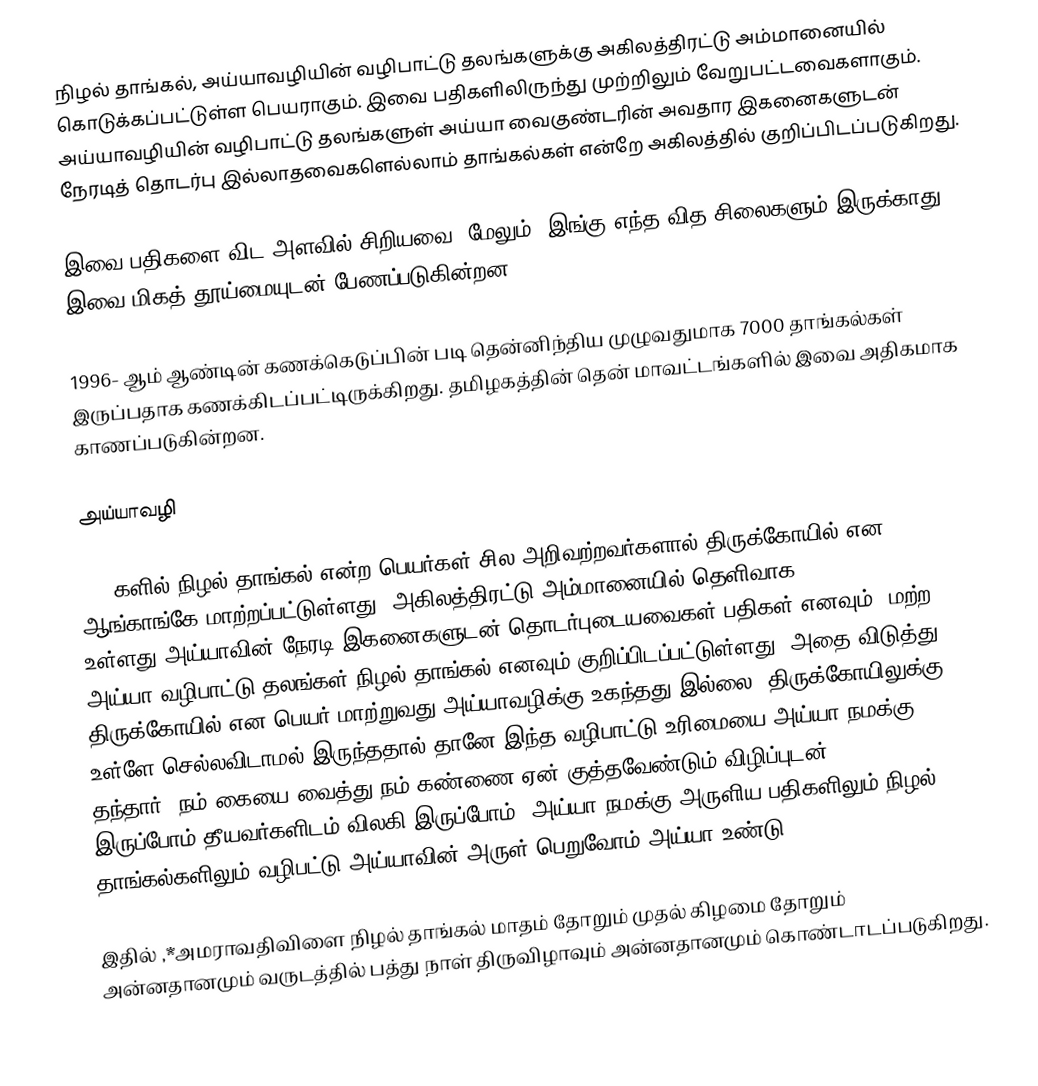
நிழல் தாங்கல், அய்யாவழியின் வழிபாட்டு தலங்களுக்கு அகிலத்திரட்டு அம்மானையில் கொடுக்கப்பட்டுள்ள பெயராகும். இவை பதிகளிலிருந்து முற்றிலும் வேறுபட்டவைகளாகும். அய்யாவழியின் வழிபாட்டு தலங்களுள் அய்யா வைகுண்டரின் அவதார இகனைகளுடன் நேரடித் தொடர்பு இல்லாதவைகளெல்லாம் தாங்கல்கள் என்றே அகிலத்தில் குறிப்பிடப்படுகிறது.

இவை பதிகளை விட அளவில் சிறியவை. மேலும், இங்கு எந்த வித சிலைகளும் இருக்காது. இவை மிகத் தூய்மையுடன் பேணப்படுகின்றன.

1996- ஆம் ஆண்டின் கணக்கெடுப்பின் படி தென்னிந்திய முழுவதுமாக 7000 தாங்கல்கள் இருப்பதாக கணக்கிடப்பட்டிருக்கிறது. தமிழகத்தின் தென் மாவட்டங்களில் இவை அதிகமாக காணப்படுகின்றன.

அய்யாவழி

2018களில் நிழல் தாங்கல் என்ற பெயர்கள் சில அறிவற்றவர்களால் திருக்கோயில் என ஆங்காங்கே மாற்றப்பட்டுள்ளது. அகிலத்திரட்டு அம்மானையில் தெளிவாக உள்ளது,அய்யாவின் நேரடி இகனைகளுடன்  தொடர்புடையவைகள் பதிகள் எனவும், மற்ற அய்யா வழிபாட்டு தலங்கள் நிழல் தாங்கல் எனவும் குறிப்பிடப்பட்டுள்ளது.  அதை விடுத்து திருக்கோயில் என பெயர் மாற்றுவது அய்யாவழிக்கு உகந்தது இல்லை.  திருக்கோயிலுக்கு உள்ளே செல்லவிடாமல் இருந்ததால் தானே இந்த வழிபாட்டு உரிமையை அய்யா நமக்கு  தந்தார். நம் கையை வைத்து நம் கண்ணை ஏன் குத்தவேண்டும்.விழிப்புடன் இருப்போம்.தீயவர்களிடம் விலகி இருப்போம். அய்யா நமக்கு அருளிய பதிகளிலும் நிழல் தாங்கல்களிலும் வழிபட்டு,அய்யாவின் அருள் பெறுவோம்.அய்யா உண்டு

இதில் ,*அமராவதிவிளை நிழல் தாங்கல் மாதம் தோறும் முதல் கிழமை தோறும்  அன்னதானமும் வருடத்தில் பத்து நாள் திருவிழாவும் அன்னதானமும் கொண்டாடப்படுகிறது.